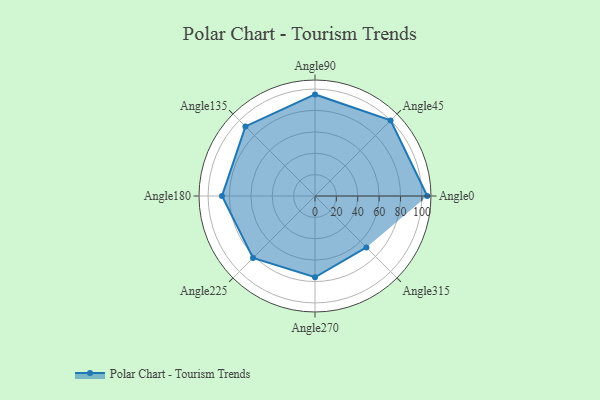
{"axis": {"x": "Angle", "y": "Radius"}, "legend": [""], "data": [{"x": "Angle0", "y": 105.0, "type": ""}, {"x": "Angle45", "y": 100.0, "type": ""}, {"x": "Angle90", "y": 95.0, "type": ""}, {"x": "Angle135", "y": 92.0, "type": ""}, {"x": "Angle180", "y": 87.0, "type": ""}, {"x": "Angle225", "y": 82.0, "type": ""}, {"x": "Angle270", "y": 76.0, "type": ""}, {"x": "Angle315", "y": 68.0, "type": ""}]}